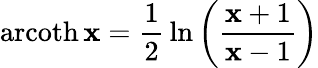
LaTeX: \operatorname{arcoth}\mathbf{x}={\frac{{1}}{{2}}}\ln\left({\frac{{\mathbf{x}+1}}{{\mathbf{x}-1}}}\right)